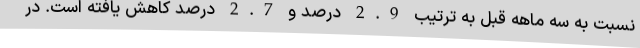
نسبت به سه ماهه قبل به ترتیب 2.9 درصد و 2.7 درصد کاهش یافته است. در